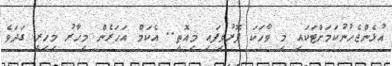
އުޅެންޖެހުނުކަމަށްޓަކައި މި ވާހަކަ ފޮރުވިފައި މިއޮތީ.. އެކަމް އަހަރެން މިހާރު މިހިރީ ގަދަވެ